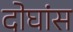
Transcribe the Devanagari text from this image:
दोघांस